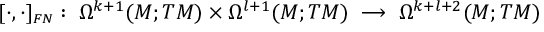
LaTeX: [ \cdot , \cdot ] _ { \scriptscriptstyle F N } : \; \Omega ^ { k + 1 } ( M ; T M ) \times \Omega ^ { l + 1 } ( M ; T M ) \; \longrightarrow \; \Omega ^ { k + l + 2 } ( M ; T M )